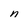
Character: n